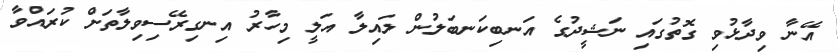
އޭނާ ވިދާޅުވި ގޮތުގައި ނަޝީދުގެ އަނބިކަނބަލުން ލައިލާ އަލީ މިހާރު އިނގިރޭސިވިލާތަށް ކުރައްވާ